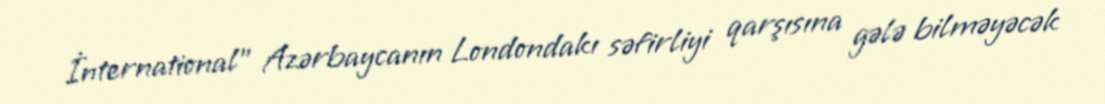
İnternational” Azərbaycanın Londondakı səfirliyi qarşısına gələ bilməyəcək